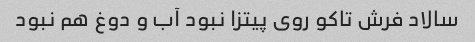
سالاد فرش تاکو روی پیتزا نبود آب و دوغ هم نبود